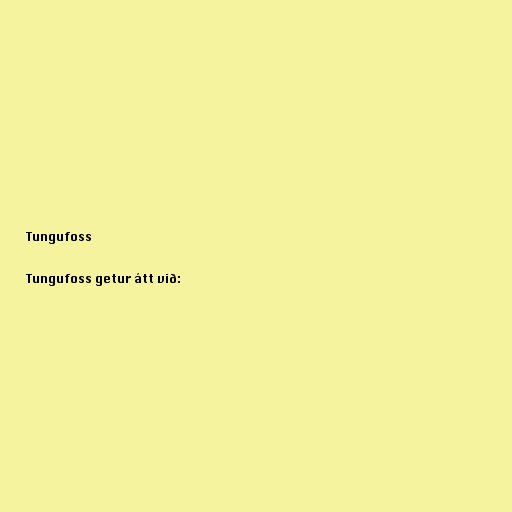
Tungufoss

Tungufoss getur átt við: